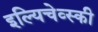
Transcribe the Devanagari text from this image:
इल्यिचेव्स्की